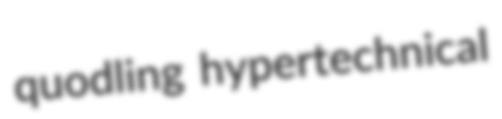
quodling hypertechnical